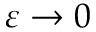
\varepsilon \rightarrow 0